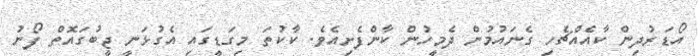
އޯޑަރުދިން ކާއެއްޗެހި ގެނައުމުން ދެމީހުން ކާންފެށިއެވެ. ކާކުތަ މިގަޑީގައި އެގުޅަނީ ޖީބުގައޮތް ފޯނު